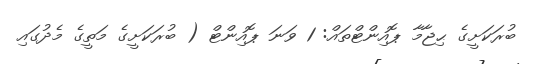
ބުރަކަށީގެ ޙިޖާމާ ޕޮއިންޓްތައް: 1 ވަނަ ޕޮއިންޓް ( ބުރަކަށީގެ މަތީގެ މެދުގައި